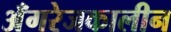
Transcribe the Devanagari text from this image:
अँगरेजकालीन